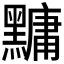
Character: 𪒒